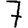
Digit: 7